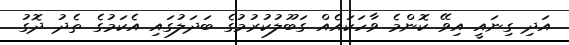
އަދި ގިނައީ އިވޭ ކޮންމެ ވާހަކައެއް ގަބޫލުކުރުމުގެ ބަދަލުގައި އެކަމުގެ ތެދު ދޮގު